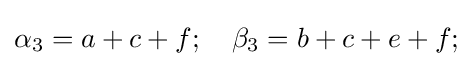
\alpha _{3}=a+c+f;\quad \beta _{3}=b+c+e+f;